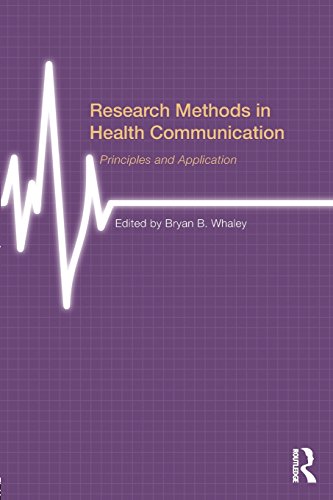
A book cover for Research Methods in Health Communication: Principles and Application; Business & Money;